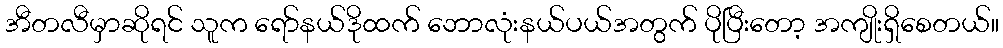
အီတလီမှာဆိုရင် သူက ရော်နယ်ဒိုထက် ဘောလုံးနယ်ပယ်အတွက် ပိုပြီးတော့ အကျိုးရှိစေတယ်။